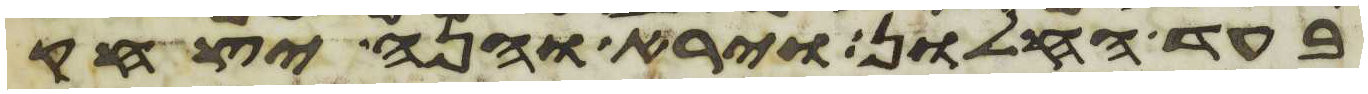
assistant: בעד החלון וירא והנה יצחק